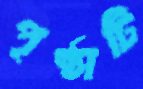
পৃষ্ঠাটি